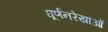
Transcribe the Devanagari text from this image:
घूर्णनरेखाओं